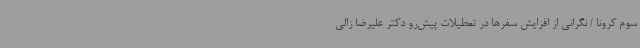
سوم کرونا / نگرانی از افزایش سفرها در تعطیلات پیش‌رو دکتر علیرضا زالی